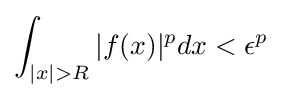
\int _{|x|>R}|f(x)|^{p}dx<\epsilon ^{p}